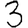
Digit: 3